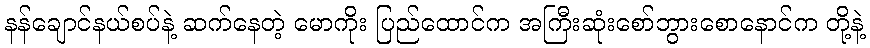
နန်ချောင်နယ်စပ်နဲ့ ဆက်နေတဲ့ မောကိုး ပြည်ထောင်က အကြီးဆုံးစော်ဘွားစောနောင်က တို့နဲ့